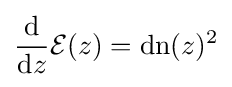
{\frac {\mathrm {d} }{\mathrm {d} z}}{\mathcal {E}}(z)=\operatorname {dn} (z)^{2}